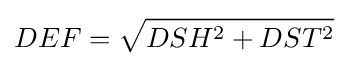
DEF={\sqrt {DSH^{2}+DST^{2}}}